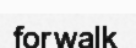
forwalk